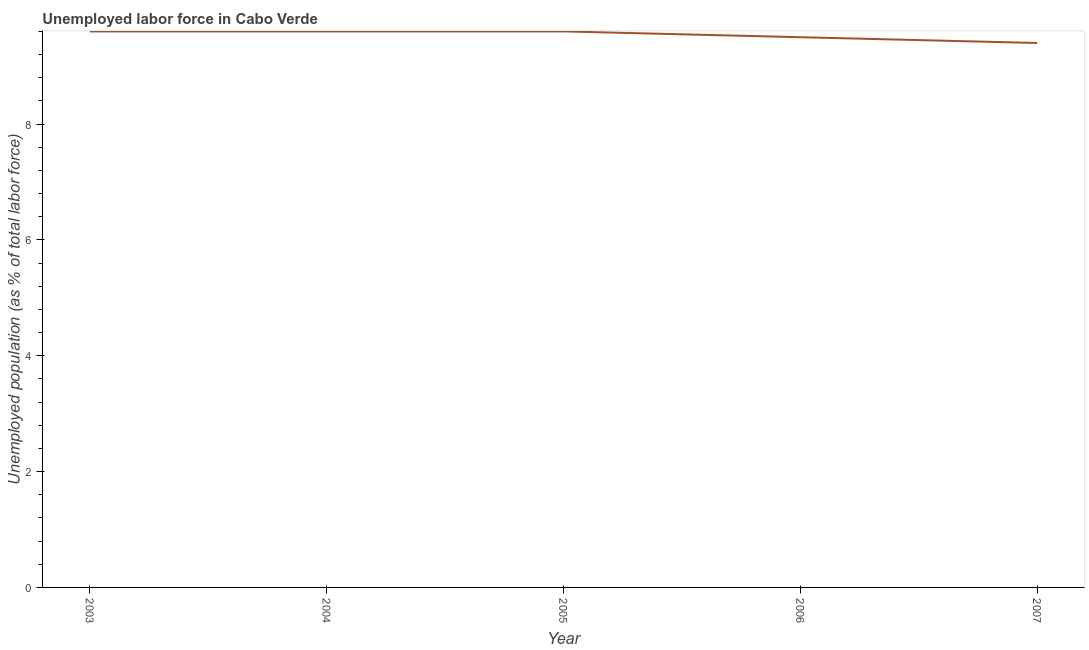
| Year | Unemployment |
 | --- | --- |
 | 2003 | 9.6 |
 | 2004 | 9.6 |
 | 2005 | 9.6 |
 | 2006 | 9.5 |
 | 2007 | 9.4 |